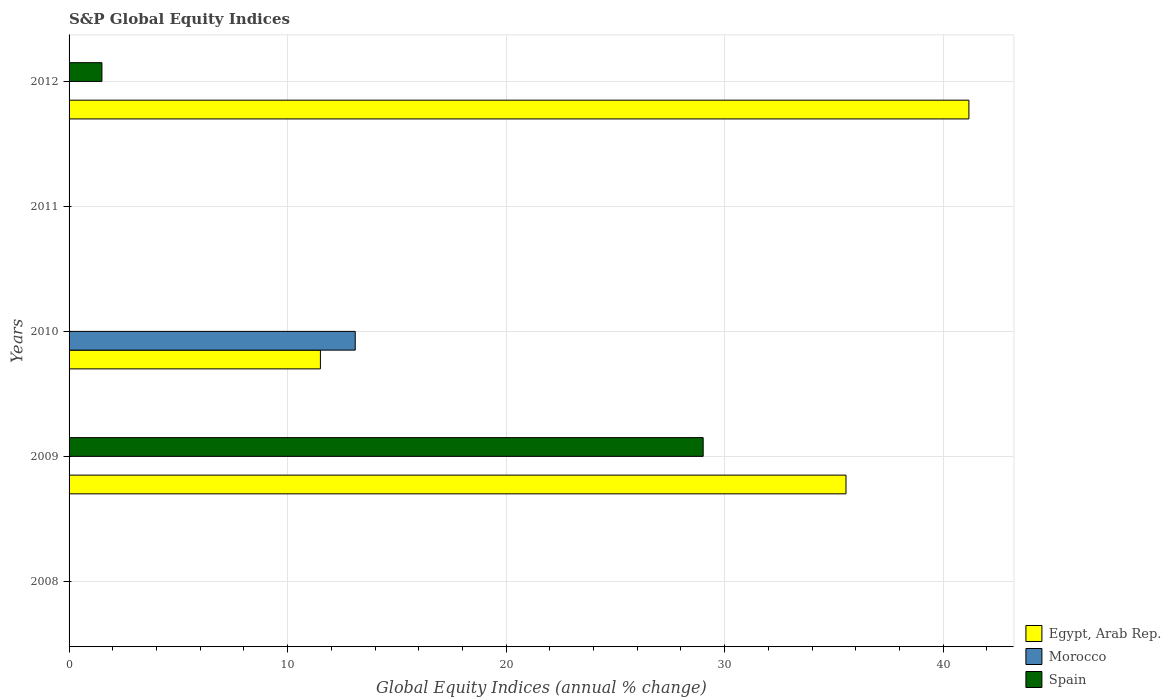
| Years | Egypt, Arab Rep. | Morocco | Spain |
 | --- | --- | --- | --- |
 | 2008 | -55.8 | -17 | -42.8 |
 | 2009 | 35.6 | -1.65 | 29 |
 | 2010 | 11.5 | 13.1 | -24.5 |
 | 2011 | -49.1 | -17.7 | -16.8 |
 | 2012 | 41.2 | -14.7 | 1.5 |